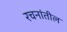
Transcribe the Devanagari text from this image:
रचनांतील